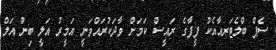
ސެޕް ބްލެޓަރއާއެކު ފީފާގެ ރައީސް ކަމަށް ވާދަކުރައްވަނީ އަމީރު އަލީ ބިން އަލް